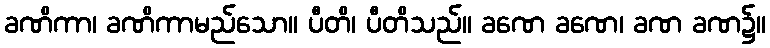
ခဏိကာ၊ ခဏိကာမည်သော။ ပီတိ၊ ပီတိသည်။ ခဏေ ခဏေ၊ ခဏ ခဏ၌။